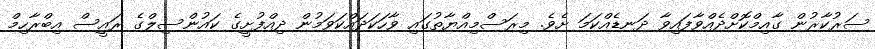
ސަރުކާރުން ގާއިމްކޮށްދެއްވާފައިވާ ދަނޑެއްކަމަ ށެވެ. މިރަސްމިއްޔާތުގައި ވާހަކަދައްކަވަމުން ދިއްފުށީގެ ކައުންސިލްގެ ރައީސް އިބްރާހިމް